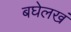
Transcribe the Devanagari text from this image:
बघेलखं